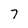
Character: 7